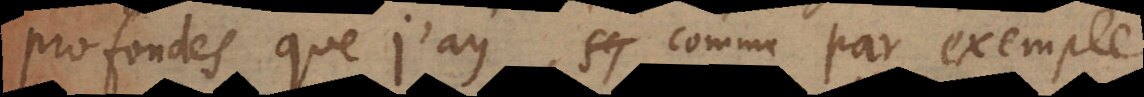
profondes que j’ay, comme par exempl